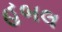
હબલ